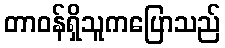
တာဝန်ရှိသူကပြောသည်